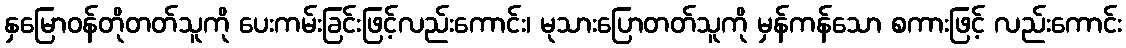
နှမြောဝန်တိုတတ်သူကို ပေးကမ်းခြင်းဖြင့်လည်းကောင်း၊ မုသားပြောတတ်သူကို မှန်ကန်သော စကားဖြင့် လည်းကောင်း